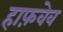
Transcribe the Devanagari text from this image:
हाफ़वेव